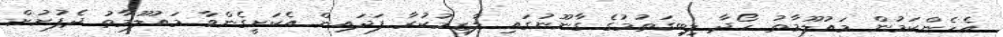
އެހެންކަމުން މައުލޫމާތު ހޯދާ ލިބިގަތުމުގެ ގާނޫނުގައި ލާޒިމުކުރާ ފަދައިން އެކަށީގެންވާ މައުލޫމާތު ދެފުށުށް